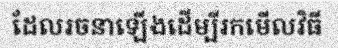
ដែលរចនាឡើងដើម្បីរកមើលវិធី